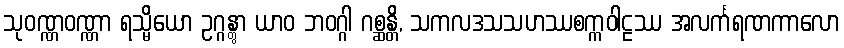
သုဝဏ္ဏဝဏ္ဏာ ရသ္မိယော ဥဂ္ဂန္တွာ ယာဝ ဘဝဂ္ဂါ ဂစ္ဆန္တိ, သကလဒသသဟဿစက္ကဝါဠဿ အလင်္ကရဏကာလော